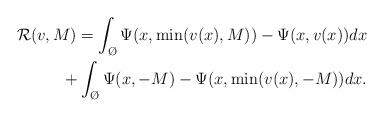
LaTeX: \begin{align*}\mathcal{R}(v,M)=\int_{\O}\Psi(x,\min(v(x),M))-\Psi(x,v(x))dx\\+\int_{\O}\Psi(x,-M)-\Psi(x,\min(v(x),-M))dx.\end{align*}